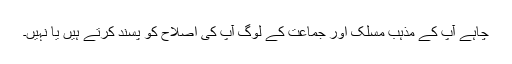
چاہے آپ کے مذہب مسلک اور جماعت کے لوگ آپ کی اصلاح کو پسند کرتے ہیں یا نہیں۔